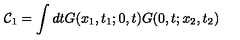
\mathcal { C } _ { 1 } = \int d t G ( x _ { 1 } , t _ { 1 } ; 0 , t ) G ( 0 , t ; x _ { 2 } , t _ { 2 } )